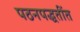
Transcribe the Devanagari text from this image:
पठनपद्धतींत